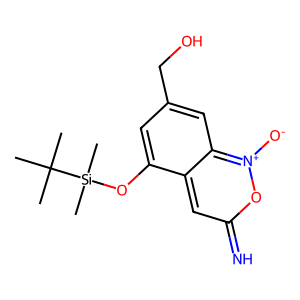
SMILES: CC(C)(C)[Si](C)(C)Oc1cc(CO)cc2c1cc(=N)o[n+]2[O-]
Inhibits HIV replication: No